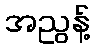
အညွန့်